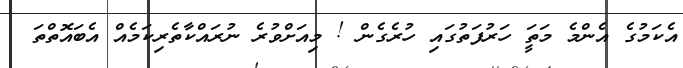
އެކަމުގެ އެންމެ މަތަީ ހަރުފަތުގައި ހުރެގެން ! މިއަށްވުރެ ނުރައްކާތެރިކަމެއް އެބައޮތްތަ